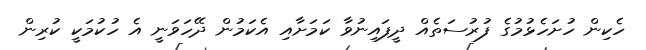
ހެކިން ހުށަހެޅުމުގެ ފުރުސަތެއް ދީފައިނުވާ ކަމަށާއި އެކަމުން ދޭހަވަނީ އެ ހުކުމަކީ ކުރިން